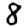
Digit: 8